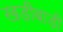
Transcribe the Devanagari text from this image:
खड़ीबाड़ी